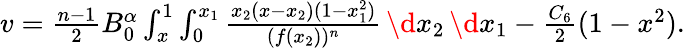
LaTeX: \begin{array}{r}{v\stackrel{}{=}\frac{n-1}{2}B_{0}^{\alpha}\int_{x}^{1}\int_{0}^{x_{1}}\frac{x_{2}(x-x_{2})(1-x_{1}^{2})}{(f(x_{2}))^{n}}\, \d x_{2}\, \d x_{1}-\frac{C_{6}}{2}(1-x^{2}).}\end{array}